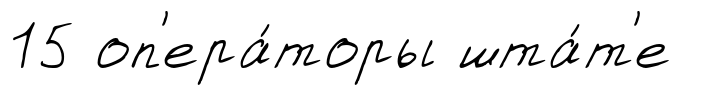
15 оп'ера́торы шта́т'е